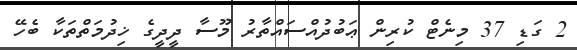
2 ގަޑި 37 މިނެޓް ކުރިން ޢަބުދުއްސައްތާރު މޫސާ ދީދީގެ ޚިދުމަތްތަކާ ބެހޭ